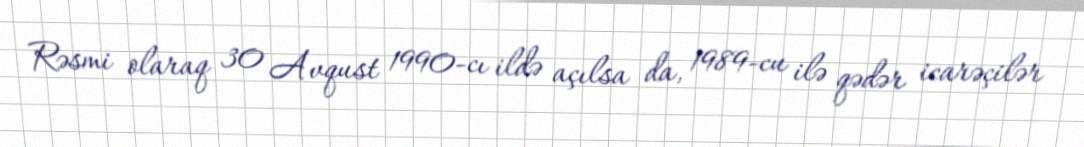
Rəsmi olaraq 30 Avqust 1990-cı ildə açılsa da, 1989-cu ilə qədər icarəçilər